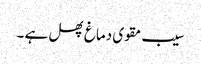
سیب مقوی دماغ پھل ہے ۔